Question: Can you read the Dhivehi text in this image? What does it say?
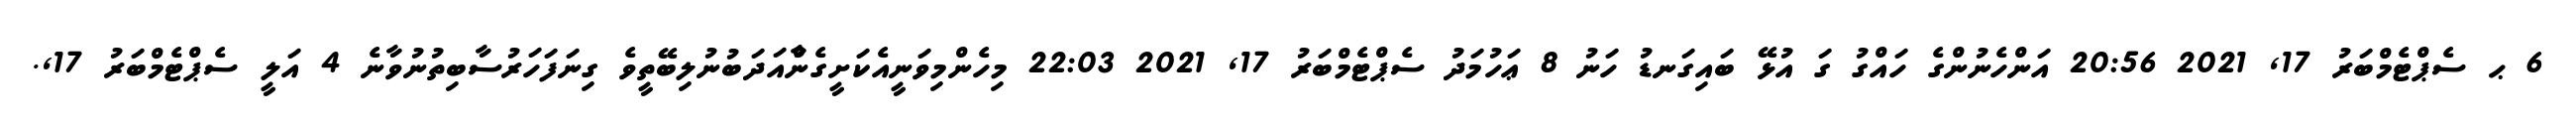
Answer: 6 ޙ ސެޕްޓެމްބަރު 17, 2021 20:56 އަންހެނުންގެ ހައްގު ގަ އުޅޭ ބައިގަނޑު ހަނު 8 ޢަހުމަދު ސެޕްޓެމްބަރު 17, 2021 22:03 މިހެންމިވަނީއެކަށީގެންާއަދަބުނުލިބޭތީވެ ގިނަފަހަރުސާބިތުނުވާނެ 4 އަލީ ސެޕްޓެމްބަރު 17,.